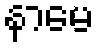
နာမေ